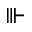
\Vvdash